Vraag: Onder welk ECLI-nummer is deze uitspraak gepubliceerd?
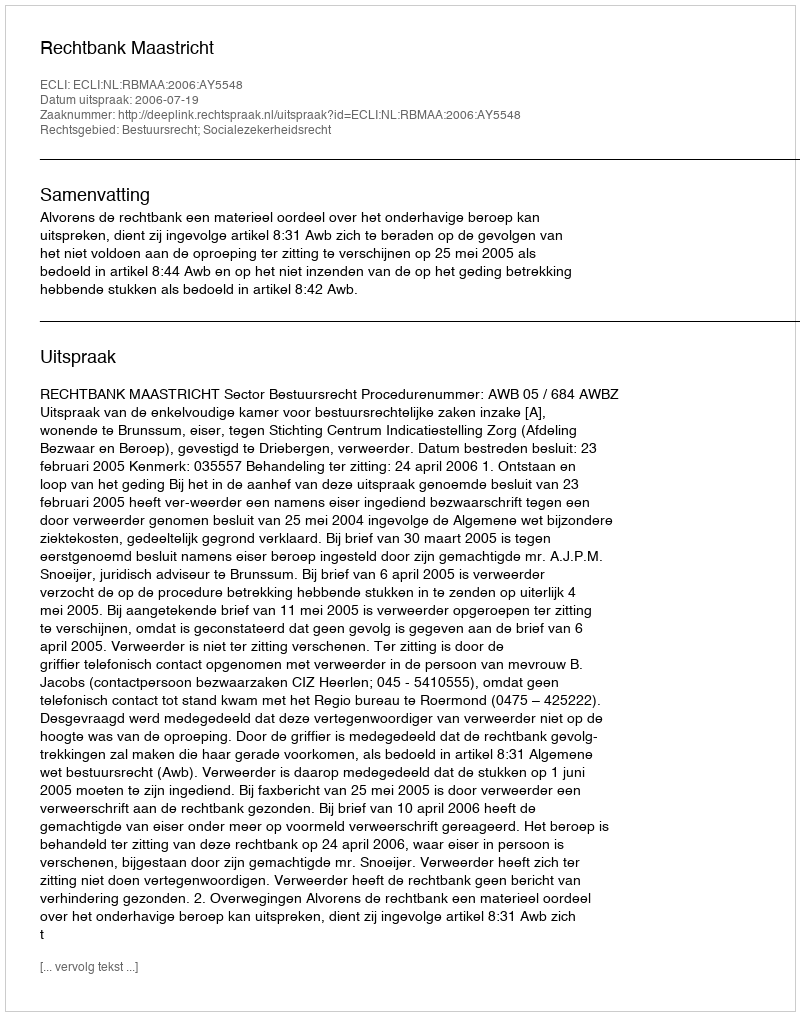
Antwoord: ECLI:NL:RBMAA:2006:AY5548